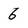
Character: 6